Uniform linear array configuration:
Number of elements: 64
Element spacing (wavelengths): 0.5
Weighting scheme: hamming
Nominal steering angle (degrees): -45
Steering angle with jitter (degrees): -45.999
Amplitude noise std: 0.05
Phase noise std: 0.05

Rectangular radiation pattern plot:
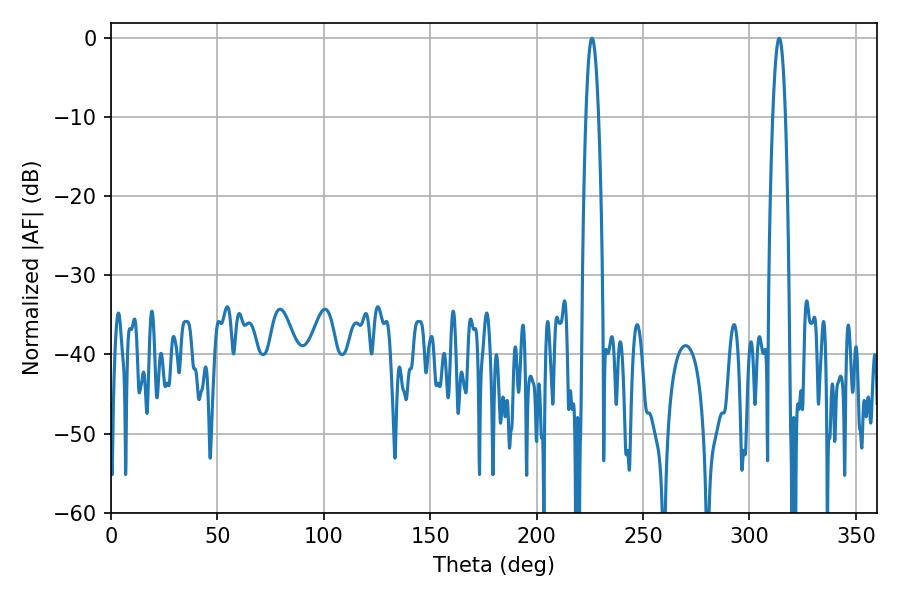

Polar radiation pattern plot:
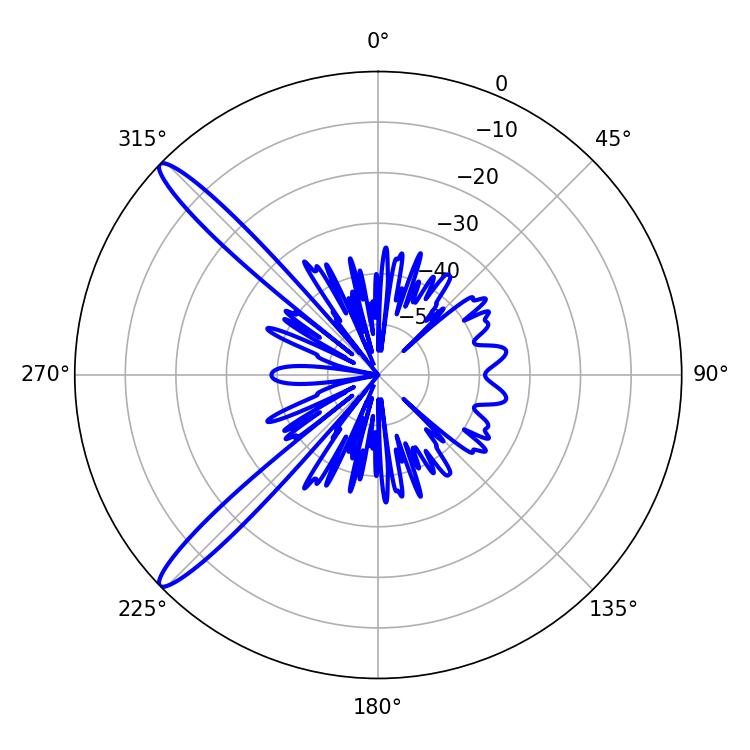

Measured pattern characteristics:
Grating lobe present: FALSE
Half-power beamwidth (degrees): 3.24
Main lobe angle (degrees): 226.08